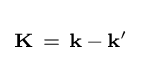
\scriptstyle \mathbf {K} ~=~\mathbf {k} \,-\,\mathbf {k^{\prime }}